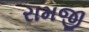
રામજી